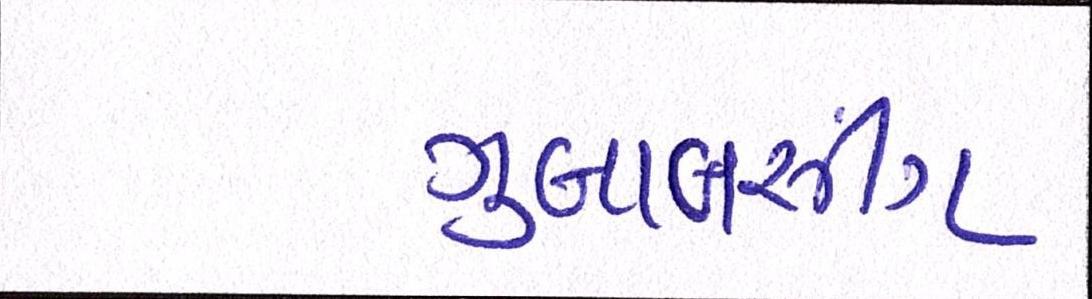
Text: ગુલાબસીંગ